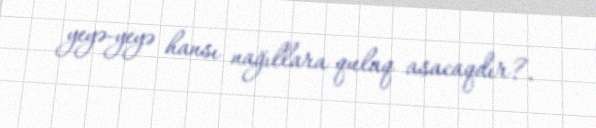
yeyə-yeyə hansı nağıllara qulaq asacaqdır?.